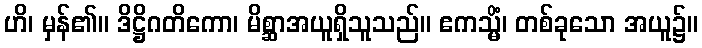
ဟိ၊ မှန်၏။ ဒိဋ္ဌိဂတိကော၊ မိစ္ဆာအယူရှိသူသည်။ ဧကသ္မိံ၊ တစ်ခုသော အယူ၌။